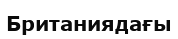
Британиядағы